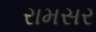
રામસર